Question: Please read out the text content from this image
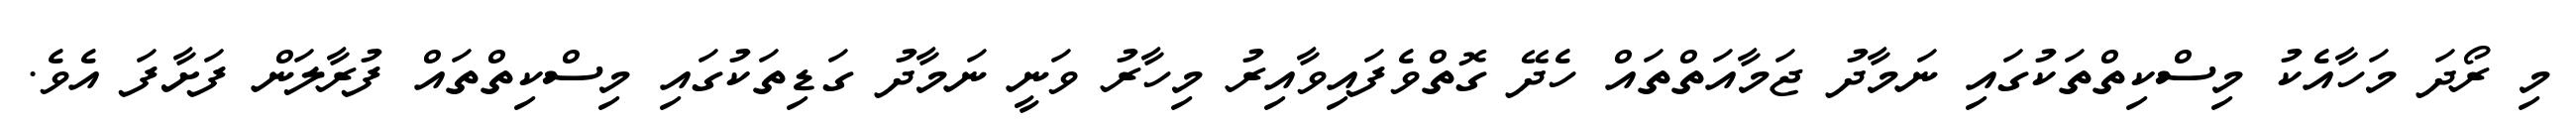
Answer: މި ރޯދަ މަހާއެކު މިސްކިތްތަކުގައި ނަމާދު ޖަމާއަތްތައް ހެދޭ ގޮތްވެފައިވާއިރު މިހާރު ވަނީ ނަމާދު ގަޑިތަކުގައި މިސްކިތްތައް ފުރާލަން ފަށާފަ އެވެ.